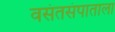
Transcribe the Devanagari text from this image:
वसंतसंपाताला